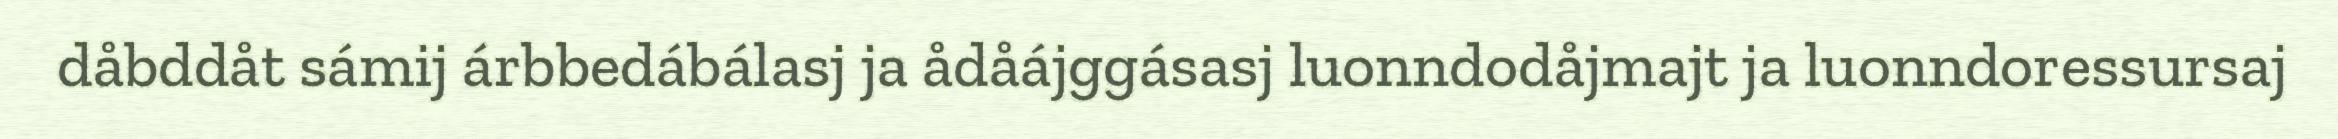
dåbddåt sámij árbbedábálasj ja ådåájggásasj luonndodåjmajt ja luonndoressursaj